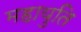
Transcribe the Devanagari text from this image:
महायुति